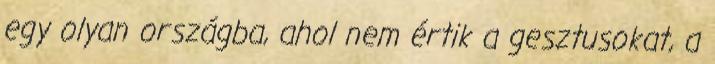
egy olyan országba, ahol nem értik a gesztusokat, a